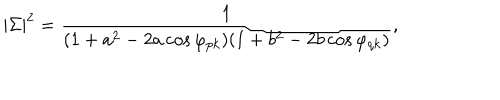
| \Sigma | ^ { 2 } = { \frac { 1 } { ( 1 + a ^ { 2 } - 2 a \cos \varphi _ { p k } ) ( 1 + b ^ { 2 } - 2 b \cos \varphi _ { q k } ) } } ,